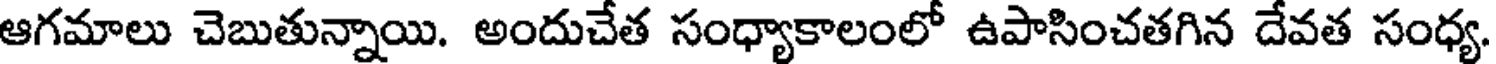
ఆగమాలు చెబుతున్నాయి. అందుచేత సంధ్యాకాలంలో ఉపాసించతగిన దేవత సంధ్య